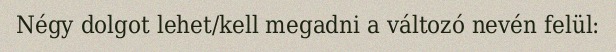
Négy dolgot lehet/kell megadni a változó nevén felül: